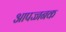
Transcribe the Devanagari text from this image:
आपज्जनक